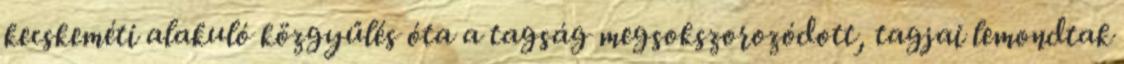
kecskeméti alakuló közgyűlés óta a tagság megsokszorozódott, tagjai lemondtak